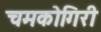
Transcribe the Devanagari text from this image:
चमकोगिरी